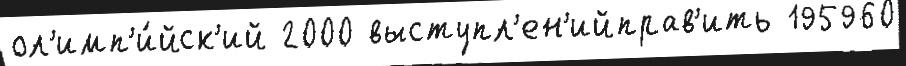
ол'имп'и́йск'ий 2000 выступл'ен'ийправ'ить 195960